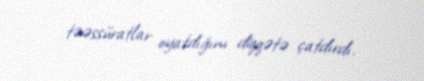
təəssüratlar oyatdığını diqqətə çatdırdı.